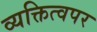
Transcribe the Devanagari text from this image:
व्यक्तित्वपर